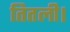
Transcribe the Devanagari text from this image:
तितली।